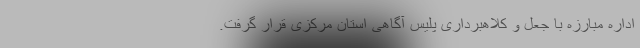
اداره مبارزه با جعل و کلاهبرداری پلیس آگاهی استان مرکزی قرار گرفت.